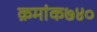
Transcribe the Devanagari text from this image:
क्रमांक७४०